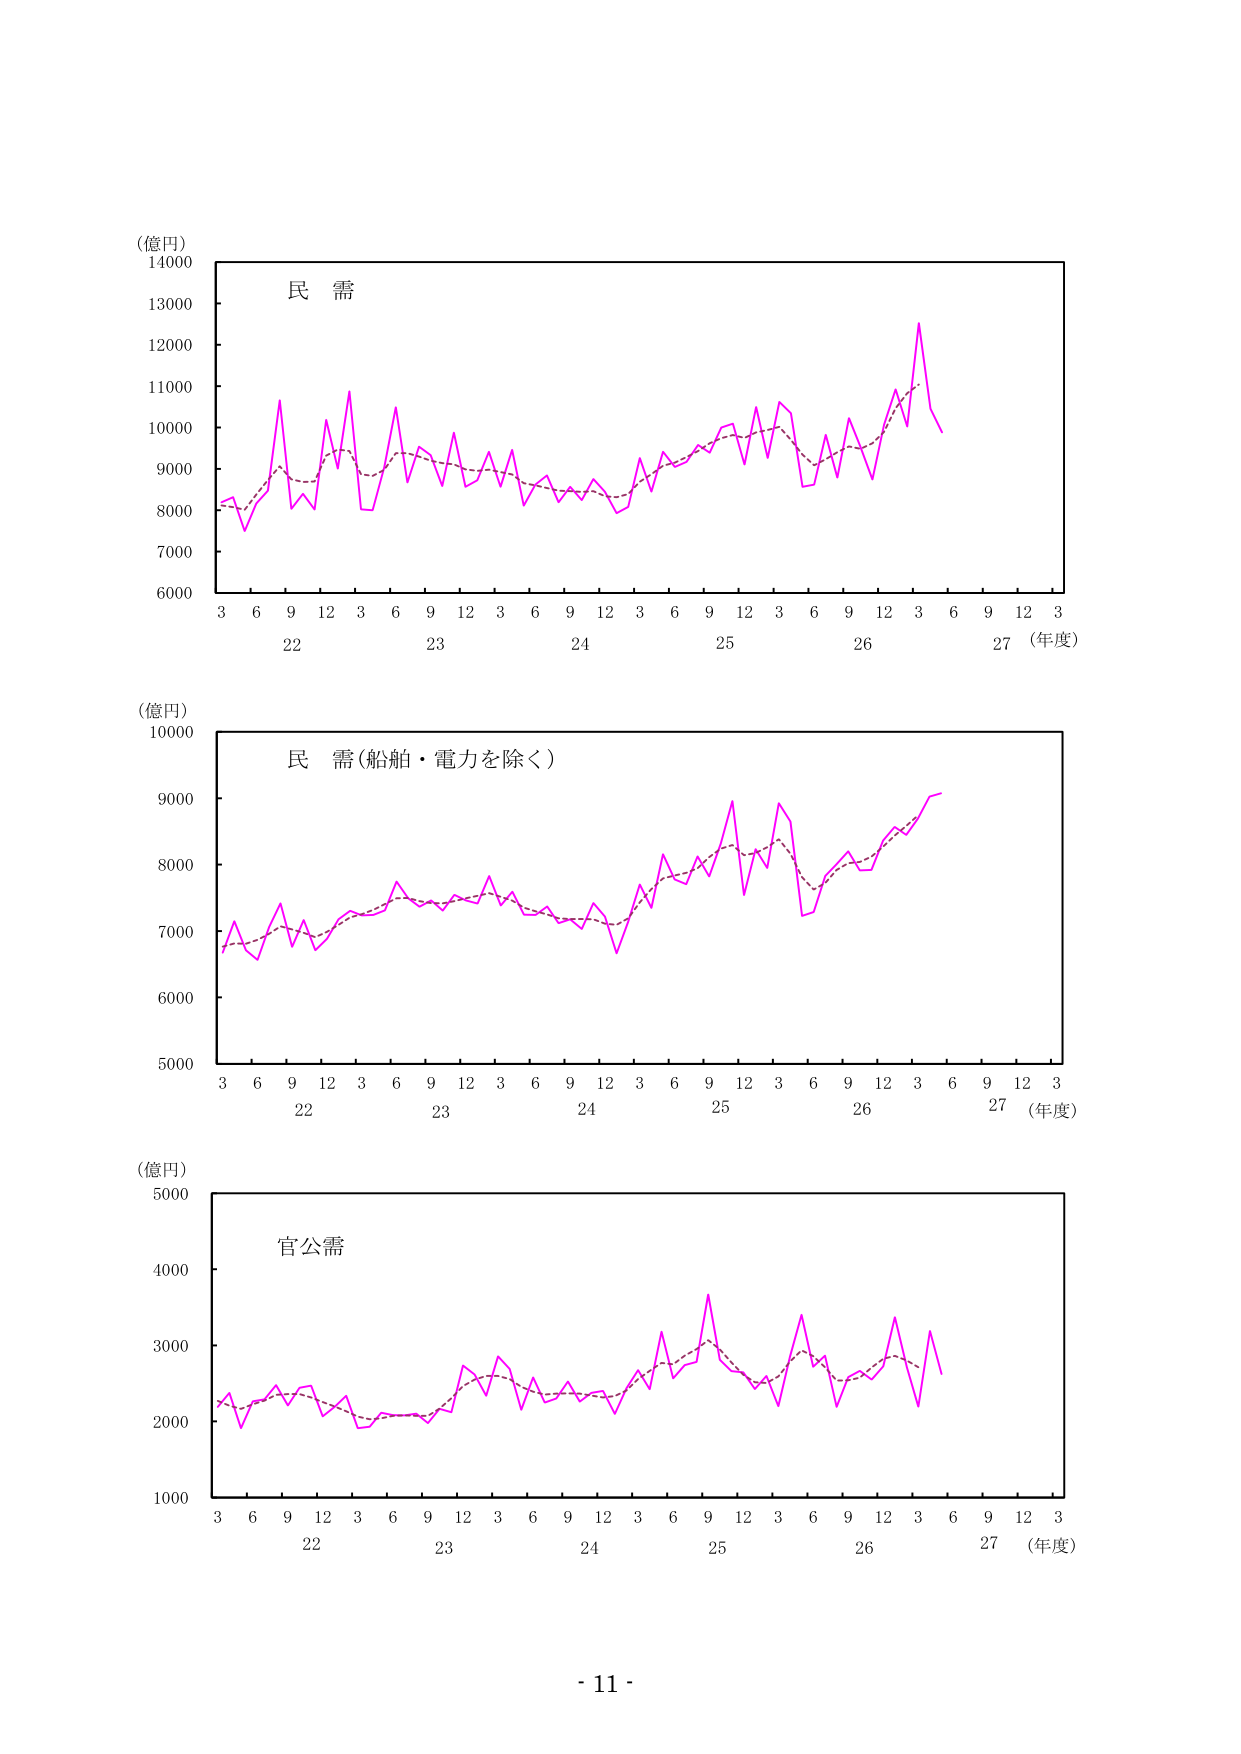
(億円)
14000
13000
12000
11000
10000
9000
8000
7000
6000
民 需
3 6 9 12 3 6 9 12 3 6 9 12 3 6 9 12 3 6 9 12 3 6 9 12 3
22 23 24 25 26 27 (年度)

(億円)
10000
9000
8000
7000
6000
5000
民 需(船舶・電力を除く)
3 6 9 12 3 6 9 12 3 6 9 12 3 6 9 12 3 6 9 12 3
22 23 24 25 26 27 (年度)

(億円)
5000
4000
3000
2000
1000
官公需
3 6 9 12 3 6 9 12 3 6 9 12 3 6 9 12 3 6 9 12 3
22 23 24 25 26 27 (年度)

- 11 -